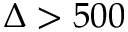
\Delta > 5 0 0